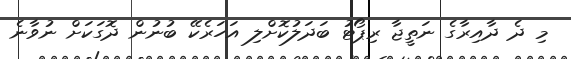
މި ދެ ދާއިރާގެ ނަތީޖާ ރިޕޯޓު ބަދަލުކޮށްލި އަހަރެކޭ ބުނުން ދޮގަކަށް ނުވާނެ